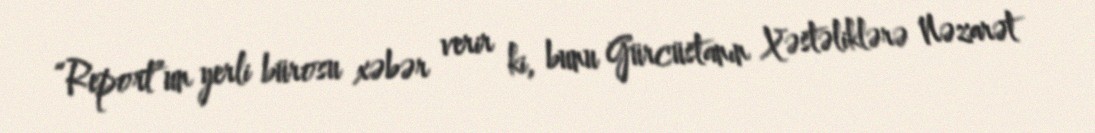
“Report”un yerli bürosu xəbər verir ki, bunu Gürcüstanın Xəstəliklərə Nəzarət